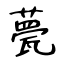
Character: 甍